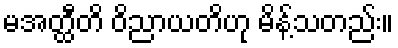
မအတ္ထီတိ ဝိညာယတိဟု မိန့်သတည်း။